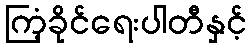
ကြံ့ခိုင်ရေးပါတီနှင့်